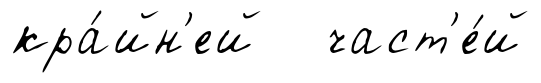
кра́йн'ей част'е́й